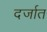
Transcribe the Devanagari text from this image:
दर्जात